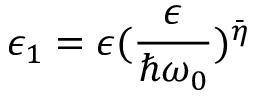
\epsilon _ { 1 } = \epsilon ( \frac { \epsilon } { \hbar \omega _ { 0 } } ) ^ { \bar { \eta } }